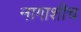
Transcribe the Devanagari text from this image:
नागाशीच